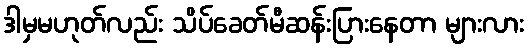
ဒါမှမဟုတ်လည်း သိပ်ခေတ်မီဆန်းပြားနေတာ များလား